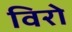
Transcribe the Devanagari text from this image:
विरो